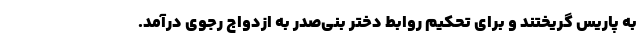
به پاریس گریختند و برای تحکیم روابط دختر بنی‌صدر به ازدواج رجوی درآمد.